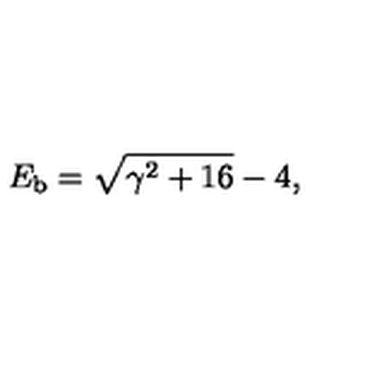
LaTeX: E _ { \mathrm { b } } = \sqrt { \gamma \sp 2 + 1 6 } - 4 ,